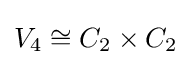
V_{4}\cong C_{2}\times C_{2}